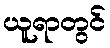
ယူရာတွင်